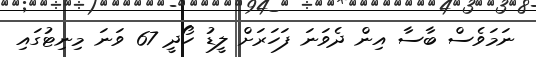
ނަމަވެސް ބާސާ އިން ދެވަނަ ފަހަރަށް ލީޑު ހޯދީ 67 ވަނަ މިނިޓުގައި